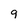
Character: 9